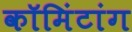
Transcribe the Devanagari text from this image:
कॉमिंटांग